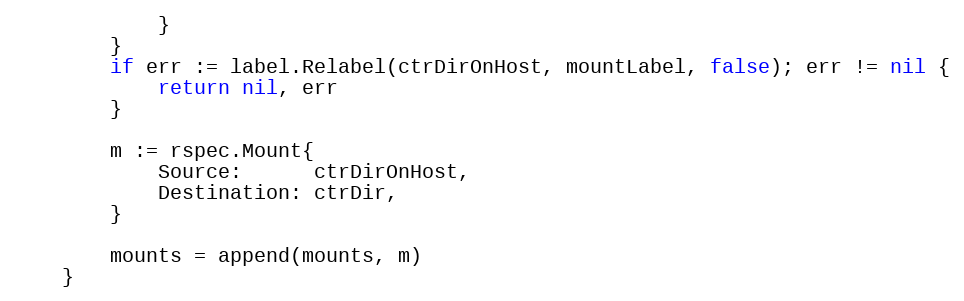
Language: Go
			}
		}
		if err := label.Relabel(ctrDirOnHost, mountLabel, false); err != nil {
			return nil, err
		}

		m := rspec.Mount{
			Source:      ctrDirOnHost,
			Destination: ctrDir,
		}

		mounts = append(mounts, m)
	}